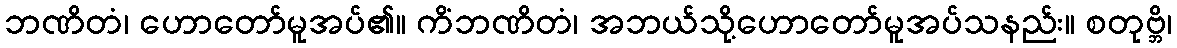
ဘဏိတံ၊ ဟောတော်မူအပ်၏။ ကိံဘဏိတံ၊ အဘယ်သို့ဟောတော်မူအပ်သနည်း။ စတုဗ္ဘိ၊